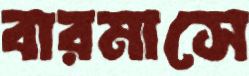
বারমাসে